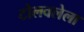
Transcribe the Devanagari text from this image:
टोलवलेला